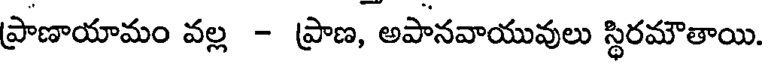
ప్రాణాయామం వల్ల - ప్రాణ, అపానవాయువులు స్థిరమౌతాయి.